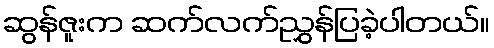
ဆွန်ဇူးက ဆက်လက်ညွှန်ပြခဲ့ပါတယ်။